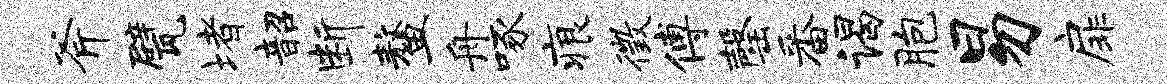
斧甓堵韶断鳌舟啄痕徵傅罄番谒胞易扉